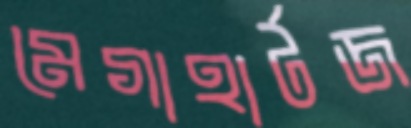
মেগাহার্টজ